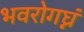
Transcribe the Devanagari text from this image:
भवरोगघ्नं